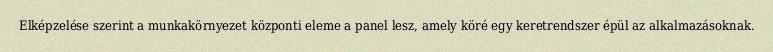
Elképzelése szerint a munkakörnyezet központi eleme a panel lesz, amely köré egy keretrendszer épül az alkalmazásoknak.